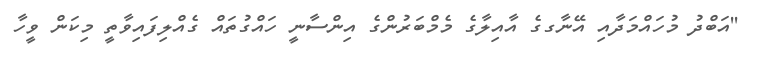
''އަބްދު މުހައްމަދާއި އޭނާގގެ އާއިލާގެ މެމްބަރުންގެ އިންސާނީ ހައްގުތައް ގެއްލިފައިވާތީ މިކަން ވީހާ